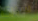
سيرى